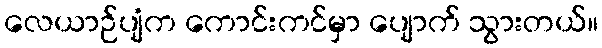
လေယာဉ်ပျံက ကောင်းကင်မှာ ပျောက် သွားတယ်။